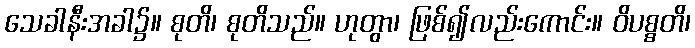
သေခါနီးအခါ၌။ စုတိ၊ စုတိသည်။ ဟုတွာ၊ ဖြစ်၍လည်းကောင်း။ ဝိပစ္စတိ၊